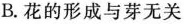
B.花的形成与芽无关